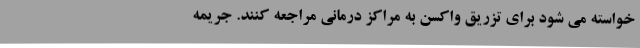
خواسته می شود برای تزریق واکسن به مراکز درمانی مراجعه کنند. جریمه